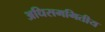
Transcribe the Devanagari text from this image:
अधिसममितीय